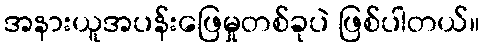
အနားယူအပန်းဖြေမှုတစ်ခုပဲ ဖြစ်ပါတယ်။